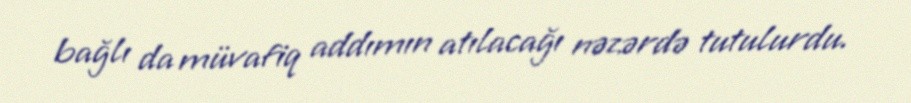
bağlı da müvafiq addımın atılacağı nəzərdə tutulurdu.